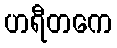
ဟရီတကေ